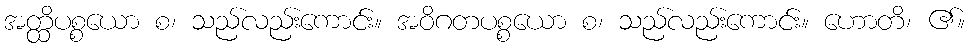
အတ္ထိပစ္စယော စ၊ သည်လည်းကောင်း။ အဝိဂတပစ္စယော စ၊ သည်လည်းကောင်း။ ဟောတိ၊ ၏။